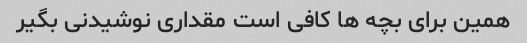
همین برای بچه ها کافی است مقداری نوشیدنی بگیر